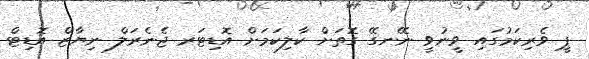
ޕީ ވެރިކަމުގައި ވީނުވީ ނޭނގޭ ގޮތަށް ކާލިކަމަށް އޮޑިޓަރ ޖެނެރަލް ނިޔާޒް އޮޑިޓް